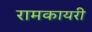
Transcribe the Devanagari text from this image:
रामकायरी